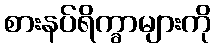
စားနပ်ရိက္ခာများကို